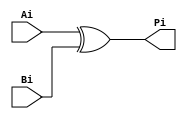
module BitwiseP(
		input Ai,
		input Bi,
		output Pi
    );

xor #0.1 (Pi,Ai,Bi);

endmodule